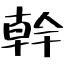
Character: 幹